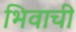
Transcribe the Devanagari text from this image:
भिवाची